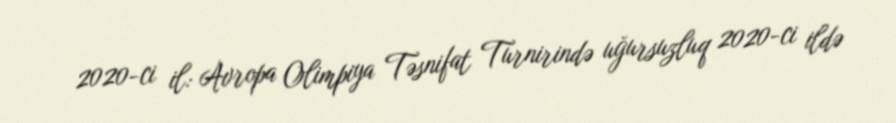
2020-ci il: Avropa Olimpiya Təsnifat Turnirində uğursuzluq 2020-ci ildə